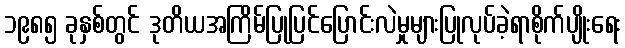
၁၉၈၅ ခုနှစ်တွင် ဒုတိယအကြိမ်ပြုပြင်ပြောင်းလဲမှုများပြုလုပ်ခဲ့ရာစိုက်ပျိုးရေး